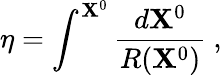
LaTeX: \eta=\int^{\mathbf{X}^{0}}\frac{{d\mathbf{X}^{0}}}{{R(\mathbf{X}^{0})}}~,